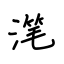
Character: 滗